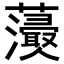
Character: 𧄢